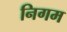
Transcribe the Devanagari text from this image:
निगम